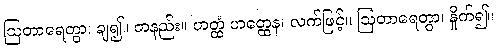
ဩတာရေတွာ၊ ချ၍။ တနည်း။ ဟတ္ထံ ဟတ္ထေန၊ လက်ဖြင့်။ ဩတာရေတွာ၊ နှိုက်၍။